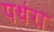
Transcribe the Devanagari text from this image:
पधंरा